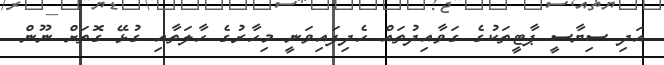
އަދި ސިޔާސީ ޕާޓީތަކުގެ ގަވާއިދުތައް ހެދިފައިވަނީ މިހާރުގެ ހާލަތާއި ގުޅޭ ގޮތަށް ނޫން